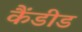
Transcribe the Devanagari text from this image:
कैंडीड